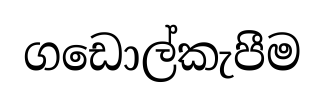
ගඩොල්කැපීම